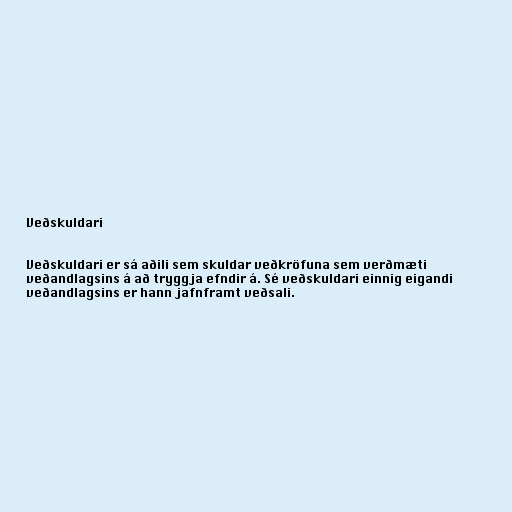
Veðskuldari

Veðskuldari er sá aðili sem skuldar veðkröfuna sem verðmæti
veðandlagsins á að tryggja efndir á. Sé veðskuldari einnig eigandi
veðandlagsins er hann jafnframt veðsali.